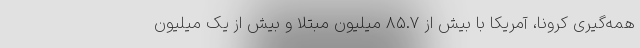
همه‌گیری کرونا، آمریکا با بیش از ۸۵.۷ میلیون مبتلا و بیش از یک میلیون